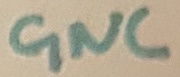
Text: GND